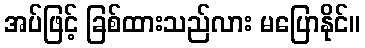
အပ်ဖြင့် ခြစ်ထားသည်လား မပြောနိုင်။